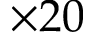
\times 2 0